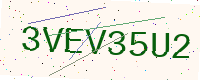
Text: 3VEV35U2